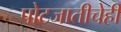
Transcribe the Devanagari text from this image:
पोटजातीचेही